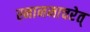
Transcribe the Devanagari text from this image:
स्नानमाचरेत्